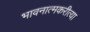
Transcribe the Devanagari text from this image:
भावनात्मकरीत्या